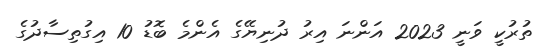
ތުރުކީ ވަނީ 2023 އަންނަ އިރު ދުނިޔޭގެ އެންމެ ބޮޑު 10 އިގުތިސާދުގެ